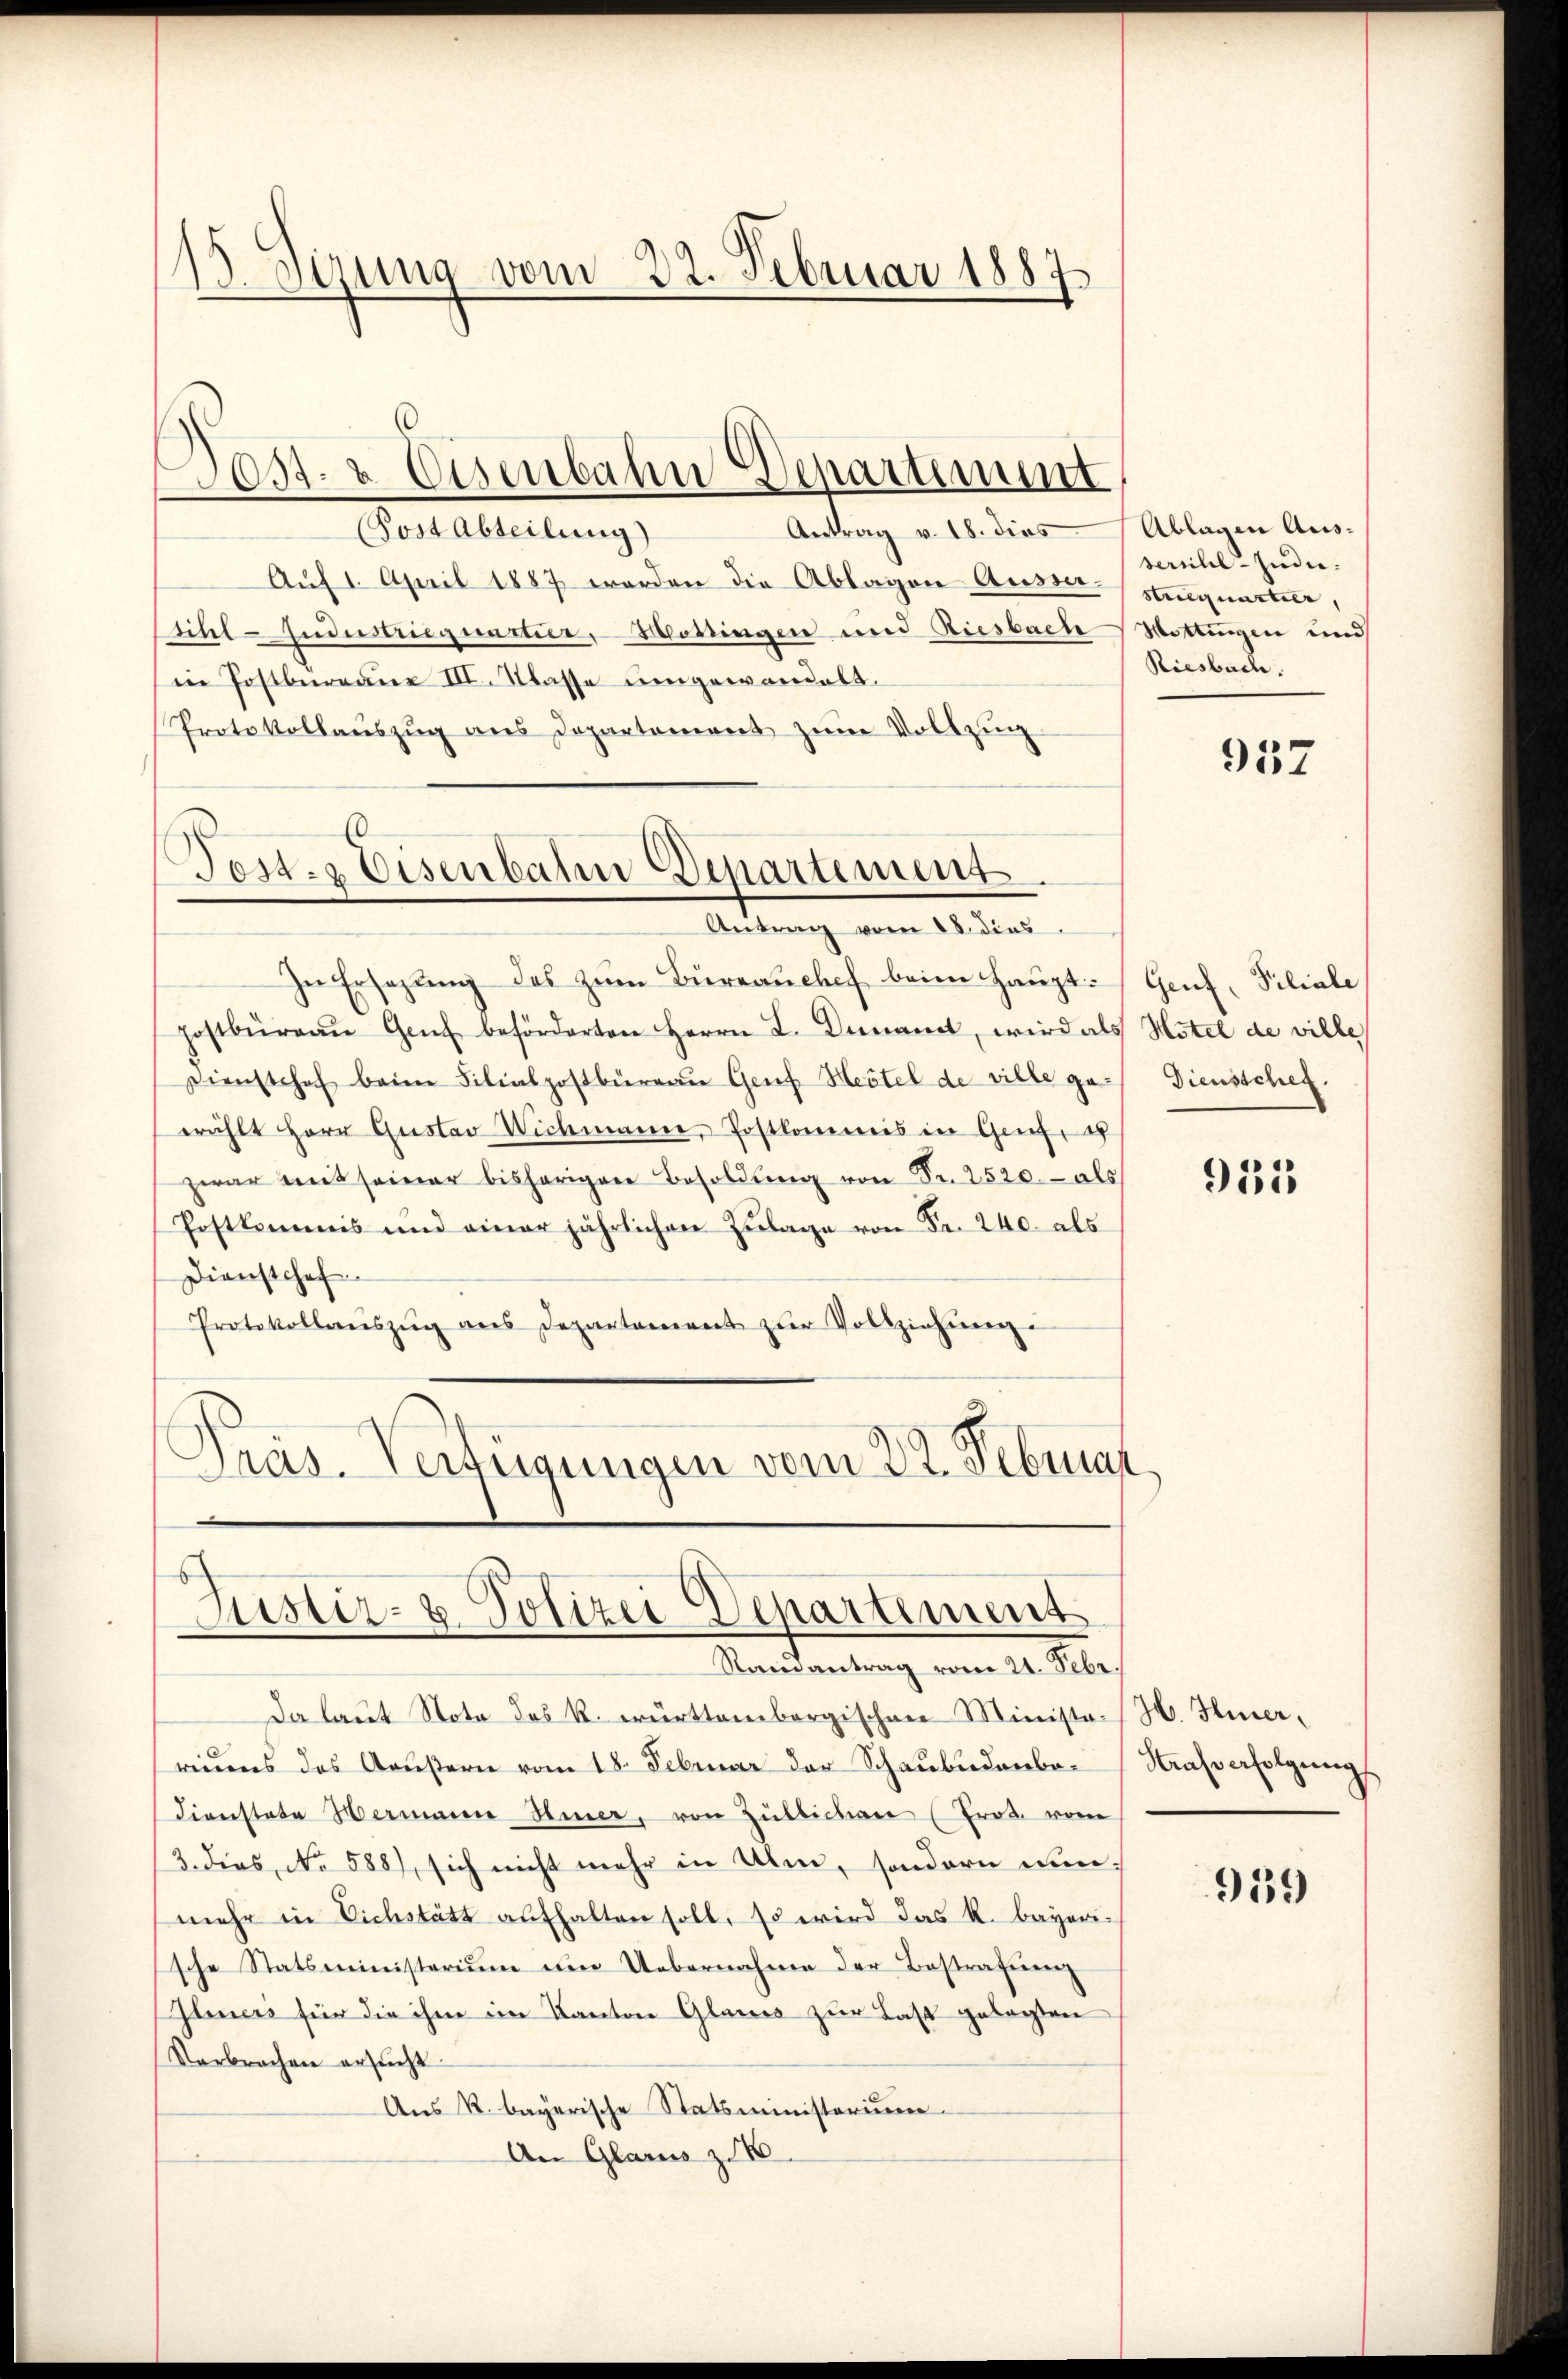
13 Sirung vom 22. Februar 1887

ost- & Eisenbahn Departement

Antrag v. 18. dies Ablagen Aus¬
(Post Abteilung)
Auf 1. April 1887 werden die Ablagen Ausserihel-Industriegnartie, Mottingen und Riesbache
in Postbüreaus III. Klasse umgewandelt.
Protokollaŭszŭg ans Departement zŭm Vollzing

Test. Eisenbahn Departement.
Antrag vom 18. dies

In Ersatzung des zum Büreauchef beim Haupt- Genf, Filiale
postbüreaŭ Genf beförderten Herrn I. Denamt, wird als Hotel de ville
Dienstshof beim Filialpostbüreau Genf Heitel de ville ge- Diensschef.
wählt Herr Gustav Wichmann, Postkommis in Genfch
zwar mit seiner bisherigen Besoldŭng von Fr. 2520.- als
Postkommis und einer jährlichen Zŭlage von Fr. 240. als
Dienstehof
Protokollanszŭg ans Departament zŭr Vollziehŭng
Präs. Verfügungen vom 22. Februar.

Justiz- & Polizei Departement
Randantrag vom 21. Febr.

Da laŭt Note des R. württembergischen Minister H. Hierreidens des Aeußern vom 18. Februar der Schaubudenbe¬
Dienstate Hermann Hier, von Züllichen (Eros. vom
3. dies No 588), sich nicht mehr in Ulm, sondern nunmehr in Eichstätz aufhalten soll, so wird das k. bayerische Statsministerium im Uebernahme der Bestrafung
Iliners für die ihm im Kanton Glarus zur Last gelegten
Verbrachen ersucht.
Aus R. bayerische Statsministerium.
An Glarus z. B

serihl-Indistriequartier,
Hottingen und
Riesbach.

937

955

Strafverfolgung

959